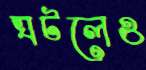
ঘটলেও